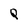
Character: Q